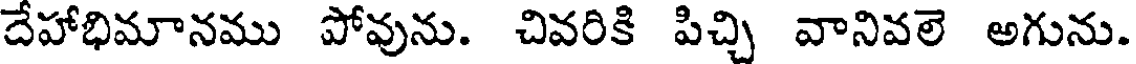
దేహాభిమానము పోవును. చివరికి పిచ్చి వానివలె అగును.